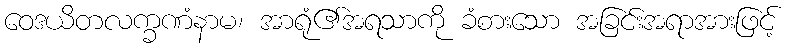
ဝေဒယိတလက္ခဏံနာမ၊ အာရုံ၏အရသာကို ခံစားသော အခြင်းအရာအားဖြင့်